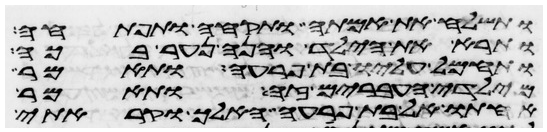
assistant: ותשלח את אמתה ותקחה ותפתחה
ותרא את הילד והנה נער בכה
ותחמל עליו בת פרעה ותאמר
מילדי העברים זה ותאמר
אחותו אל בת פרעה האלך וקראתי